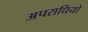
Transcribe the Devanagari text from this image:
अपराधियो